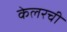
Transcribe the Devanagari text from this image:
केलरची